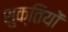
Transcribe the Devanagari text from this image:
शुक्तियों